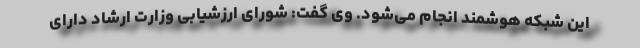
این شبکه هوشمند انجام می‌شود. وی گفت: شورای ارزشیابی وزارت ارشاد دارای